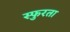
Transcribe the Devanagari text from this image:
स्फुरता